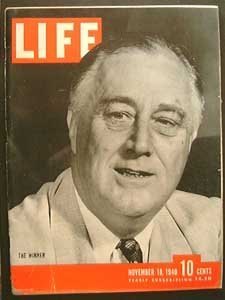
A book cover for Life Magazine November 18, 1940 - Cover: The Winner (F.D.R.); Science & Math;